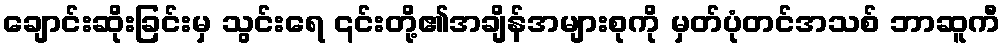
ချောင်းဆိုးခြင်းမှ သွင်းရေ ၎င်းတို့၏အချိန်အများစုကို မှတ်ပုံတင်အသစ် ဘာဆူကီ